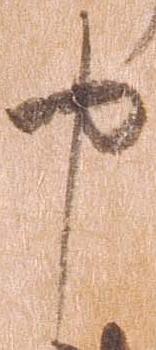
申